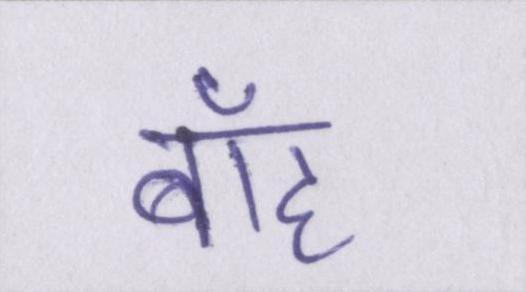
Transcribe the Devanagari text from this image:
बाँह